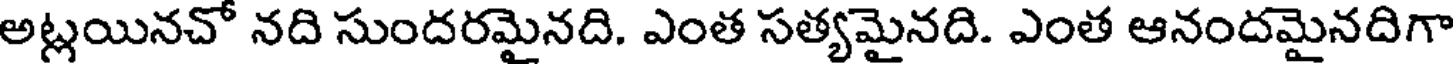
అట్లయినచో నది సుందరమైనది. ఎంత సత్యమైనది. ఎంత ఆనందమైనదిగా